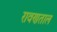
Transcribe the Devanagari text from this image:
रावणताल